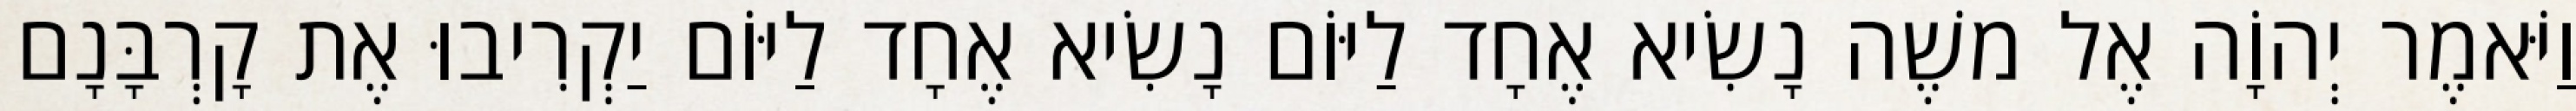
וַיֹּאמֶר יְהוָֹה אֶל משֶׁה נָשִׂיא אֶחָד לַיּוֹם נָשִׂיא אֶחָד לַיּוֹם יַקְרִיבוּ אֶת קָרְבָּנָם